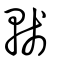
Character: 輚